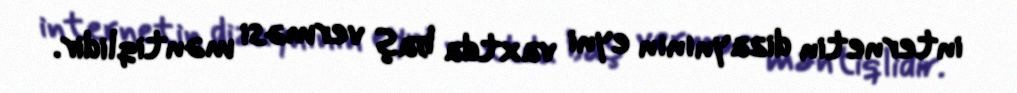
internetin dizaynının eyni vaxtda baş verməsi məntiqlidir.